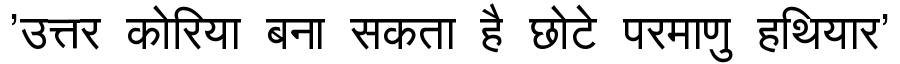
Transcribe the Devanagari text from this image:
'उत्तर कोरिया बना सकता है छोटे परमाणु हथियार'